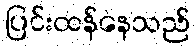
ပြင်းထန်နေသည်